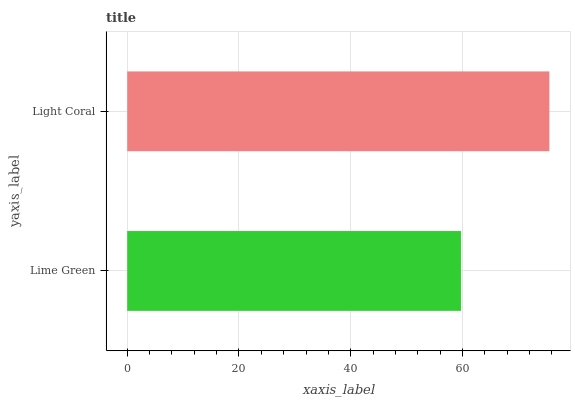
| yaxis_label | bars |
 | --- | --- |
 | Lime Green | 59.7 |
 | Light Coral | 75.6 |